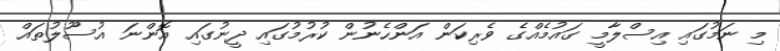
މި ނަމުގައި އިސްލާމީ ގައުމެއްގެ ވެރިކަން އަންހެނުން ކުރުމުގައި ދީނުގައި އޮންނަ އުސޫލުތައް